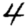
Digit: 4